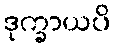
ဒုက္ခာယပိ